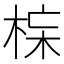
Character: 𱣣